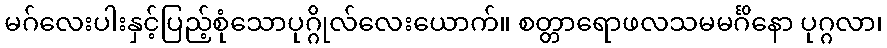
မဂ်လေးပါးနှင့်ပြည့်စုံသောပုဂ္ဂိုလ်လေးယောက်။ စတ္တာရောဖလသမမင်္ဂိနော ပုဂ္ဂလာ၊